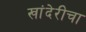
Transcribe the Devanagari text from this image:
खांदेरीचा